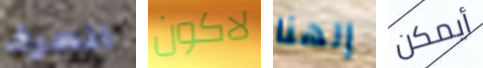
انحرف لاكون إلهنا أيمكن